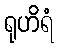
ရုဟိရံ